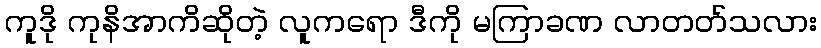
ကူဒို ကုနိအာကိဆိုတဲ့ လူကရော ဒီကို မကြာခဏ လာတတ်သလား